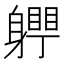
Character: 𨊀